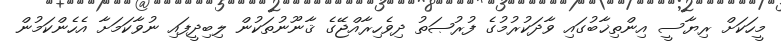
މީހަކަށް ރިޔާސީ އިންތިޚާބުގައި ވާދަކުރުމުގެ ފުރުޞަތު ދިވެހިރާއްޖޭގެ ޤާނޫނުތަކުން ލިބިދީފައި ނުވާކަމަށާ އެހެންކަމުން